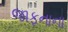
જાફનાના